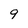
Character: 9